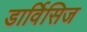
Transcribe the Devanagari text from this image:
डार्विसिज